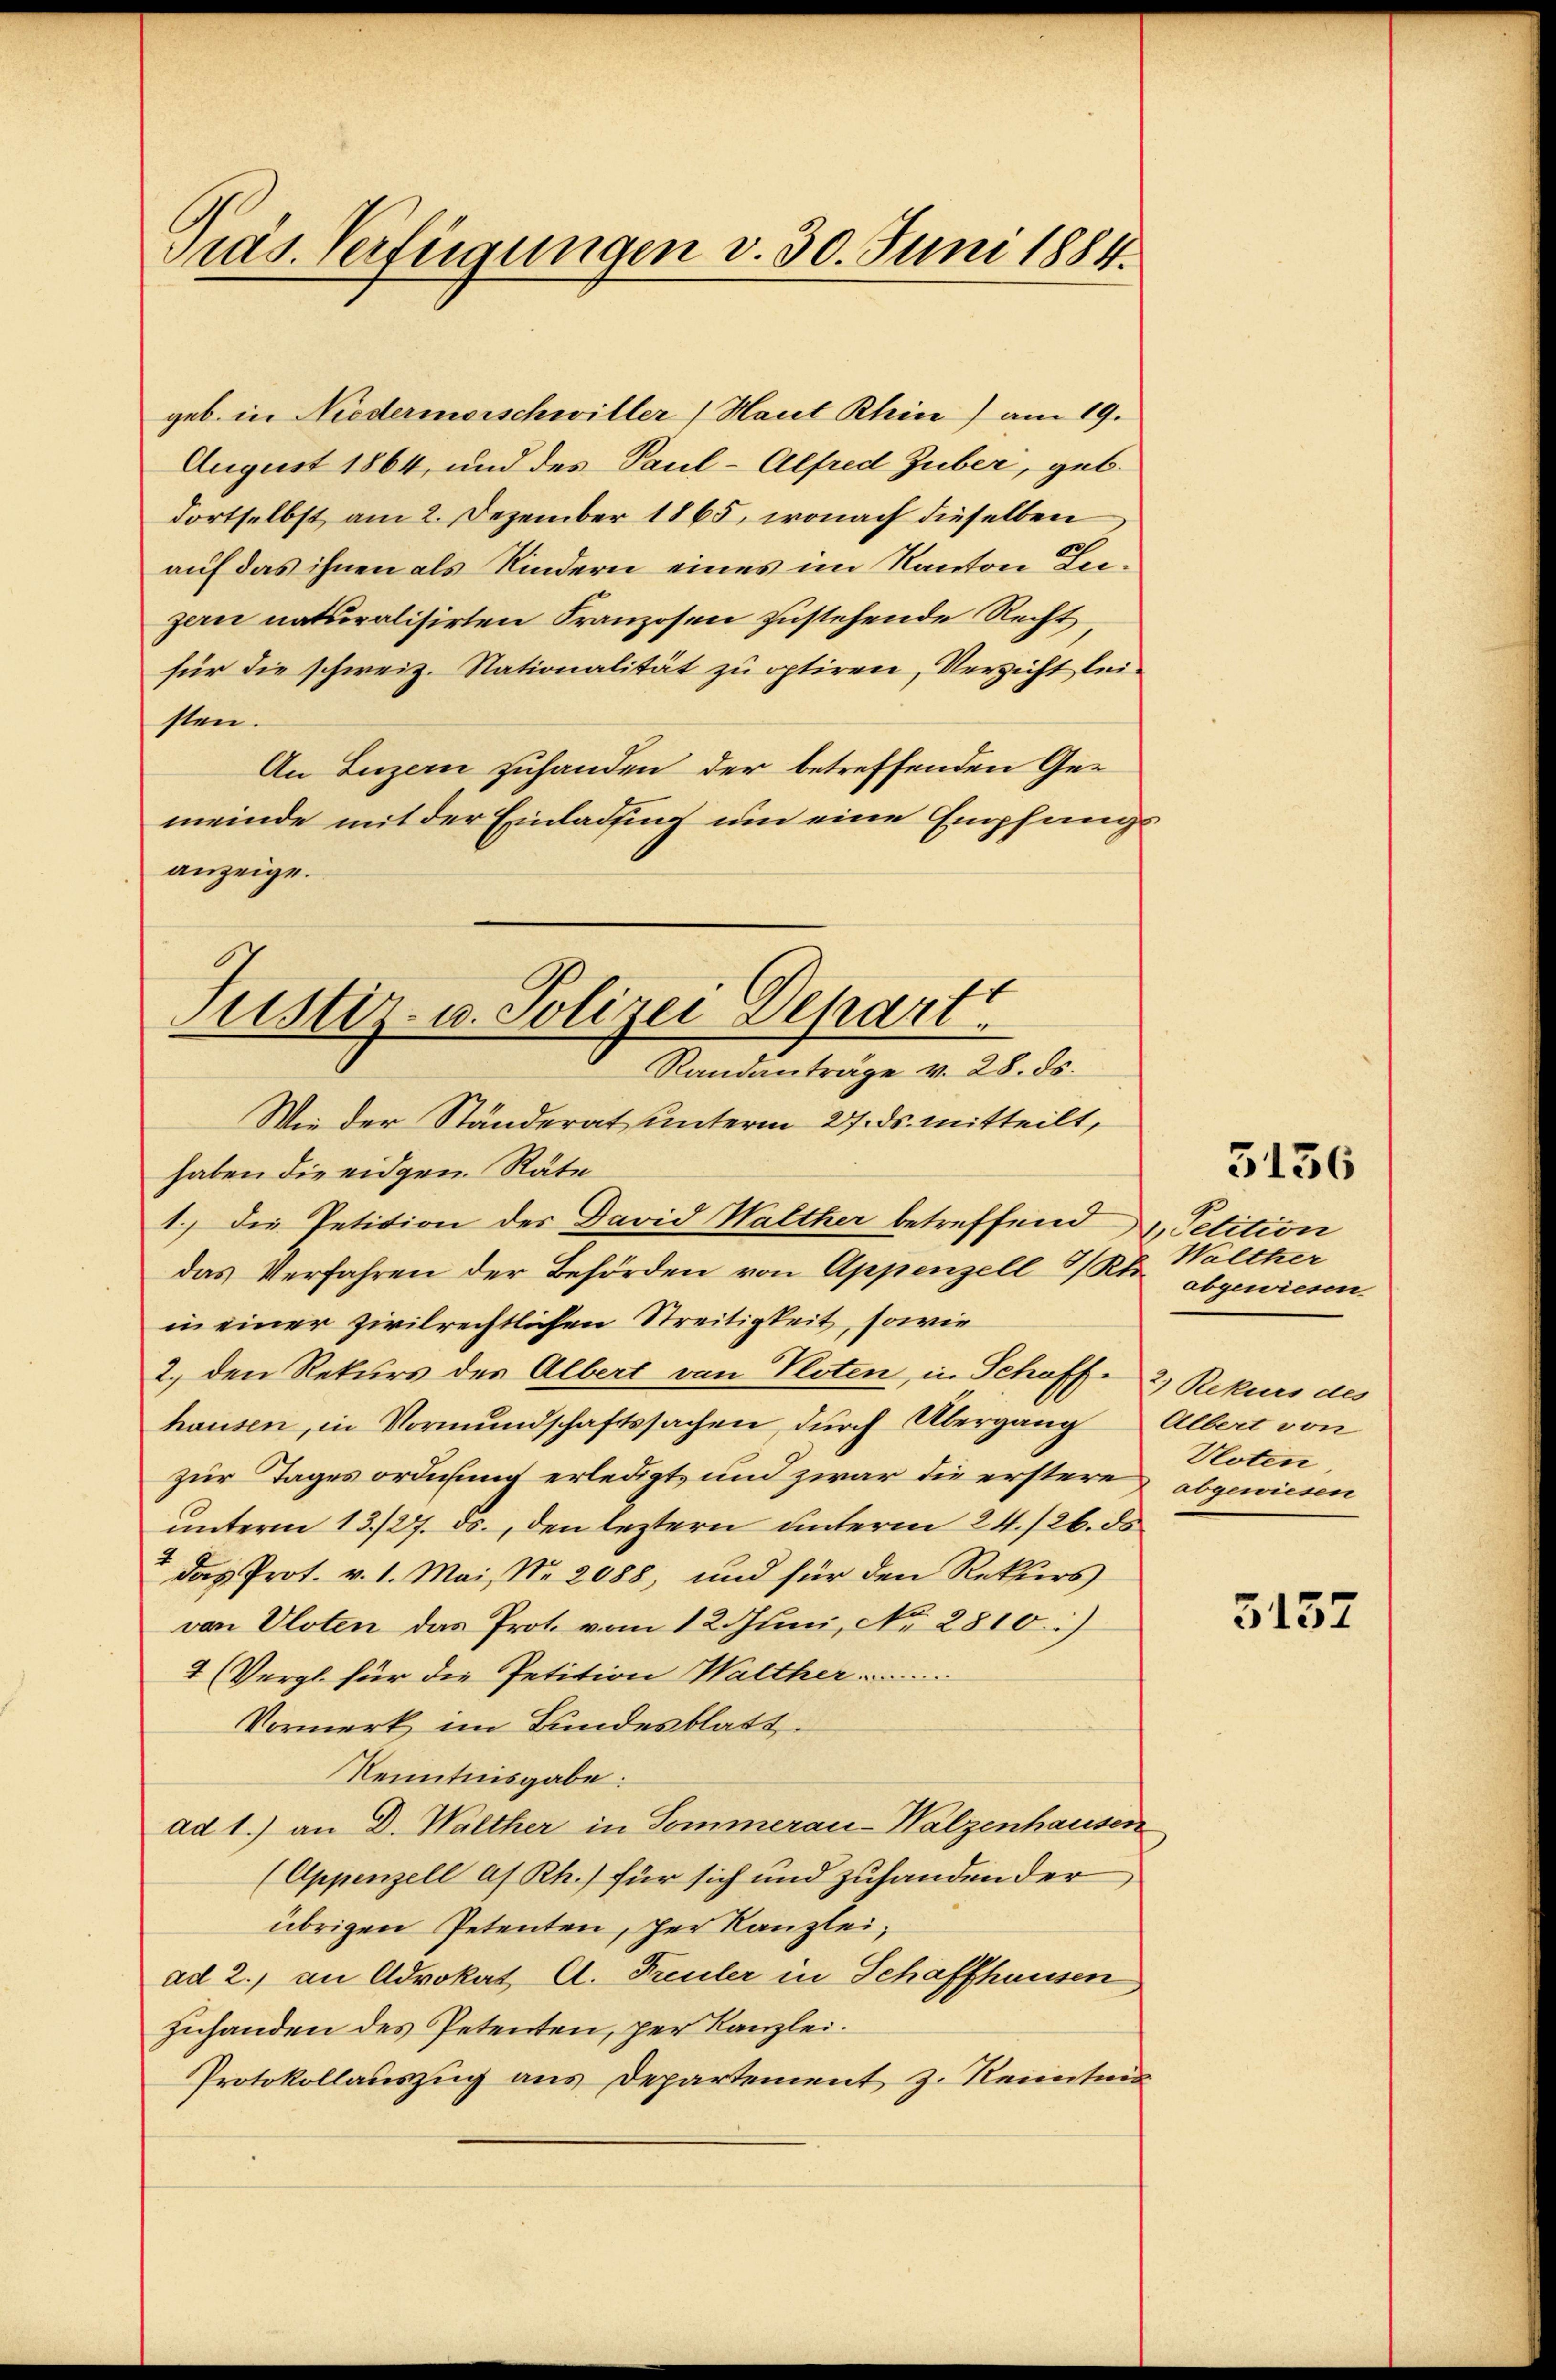
Präs. Verfügungen v. 30. Juni 1884.

geb. in Niedermarschwiller (Haut Rhin) am 19.
August 1864, und des Paul-Alfred Guber, geb.
dortselbst am 2. Dezember 1865, wonach dieselben
auf das ihnen als Kindern eines im Kanton Luzern naturalisirten Franzosen zustehende Recht,
für die schweiz. Nationalität zu optiren, Verzicht leisten.
An Luzern zuhanden der betreffenden Gemeinde mit der Einladung um eine Empfangsanzeige.
Wie der Ständerat unterm 27. ds. mitteilt,
haben die eidgen. Räte
1.) Die Petition des David Walther betreffend 4, Petition
das Verfahren der Behörden von Appenzell I/Rh. Walther
in einer zivilrechtlichen Streitigkeit, sowie
2. den Rekurs der Albert von Kloten, in Schoffe 2 Rekurs des
hausen, in Vormundschaftssachen durch Übergang Albert von
zur Tages ordnung erledigt, und zwar die erstere abgewiesen
unterm 13./27. ds., den leztern unterm 24./26. ds
" das Prot. v. 1. Mai, Nr. 2088, und für den Rekŭrs
von Uloten das Prote vom 12. Juni, No 2810:)
4 (Vergl. für die Petition Walther ........
Vormerk im Bundesblatt
Kenntnisgabe:
ad 1.) an D. Walther in Sommerau-Walzenhausen
(Appenzell a/Rh.) für sich und zuhanden der
übrigen Petenten, der Kanzlei,
ad 2.) an Advokat A. Freuler in Schaffhausen
zuhanden des Petenten, per Kanzlei.
Protokollauszug aus Departement z. Reitun

Justiz- u. Polizei Depart
Randanträge v. 28. ds.

5136

abgewiesen
Vloten

5137